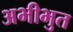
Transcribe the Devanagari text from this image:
अभीभुत